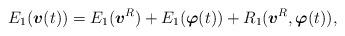
LaTeX: \begin{align*}E_{1}(\mbox{\mathversion{bold}$v$}(t))=E_{1}(\mbox{\mathversion{bold}$v$}^{R})+E_{1}(\mbox{\mathversion{bold}$\varphi$}(t))+R_{1}(\mbox{\mathversion{bold}$v$}^{R},\mbox{\mathversion{bold}$\varphi$}(t)),\end{align*}